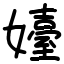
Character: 嬯